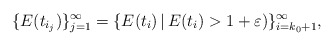
\begin{align*} \{E(t_{i_j})\}_{j=1}^{\infty} = \{ E(t_i)\, | \, E(t_i) > 1 + \varepsilon)\}_{i=k_0+1}^{\infty}, \end{align*}